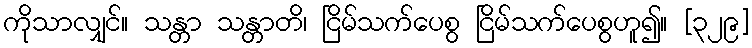
ကိုသာလျှင်။ သန္တာ သန္တာတိ၊ ငြိမ်သက်ပေစွ ငြိမ်သက်ပေစွဟူ၍။ [၃၂၉]